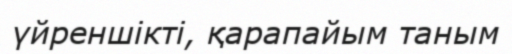
үйреншікті, қарапайым таным